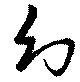
幻